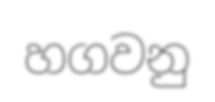
හගවනු